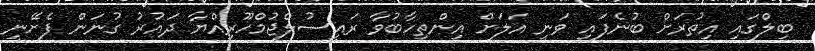
ބިލްގައި އިތުރަށް ބުނެފައި ވަނީ އަލަށް އިންތިހާބުވާ ރައީސުލްޖުމްހޫރިއްޔާ ދައުރު ގުނަން ފެށޭނީ